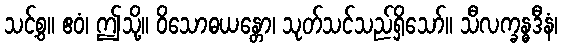
သင့်စွ။ ဧဝံ၊ ဤသို့။ ဝိသောဓယန္တော၊ သုတ်သင်သည်ရှိသော်။ သီလက္ခန္ဓဒီနံ၊